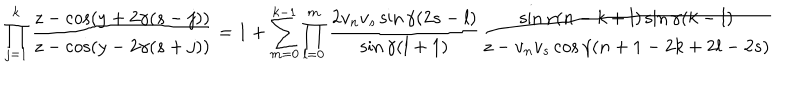
LaTeX: \prod _ { j = 1 } ^ { k } \frac { z - \cos ( y + 2 \gamma ( s - j ) ) } { z - \cos ( y - 2 \gamma ( s + j ) ) } = 1 + \sum _ { m = 0 } ^ { k - 1 } \prod _ { l = 0 } ^ { m } \frac { 2 v _ { n } v _ { s } \sin \gamma ( 2 s - l ) } { \sin \gamma ( l + 1 ) } \frac { \sin \gamma ( n - k + l ) \sin \gamma ( k - l ) } { z - v _ { n } v _ { s } \cos \gamma ( n + 1 - 2 k + 2 l - 2 s ) }